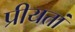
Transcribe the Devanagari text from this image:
प्रीयतां